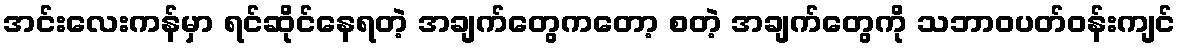
အင်းလေးကန်မှာ ရင်ဆိုင်နေရတဲ့ အချက်တွေကတော့ စတဲ့ အချက်တွေကို သဘာဝပတ်ဝန်းကျင်